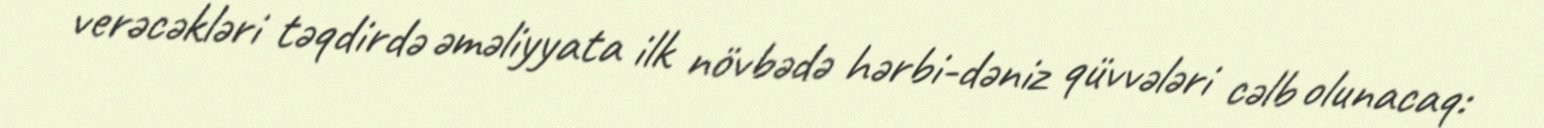
verəcəkləri təqdirdə əməliyyata ilk növbədə hərbi-dəniz qüvvələri cəlb olunacaq: